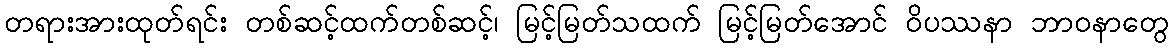
တရားအားထုတ်ရင်း တစ်ဆင့်ထက်တစ်ဆင့်၊ မြင့်မြတ်သထက် မြင့်မြတ်အောင် ဝိပဿနာ ဘာဝနာတွေ